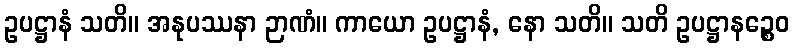
ဥပဋ္ဌာနံ သတိ။ အနုပဿနာ ဉာဏံ။ ကာယော ဥပဋ္ဌာနံ, နော သတိ။ သတိ ဥပဋ္ဌာနဉ္စေဝ